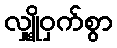
လျှို့ဝှက်စွာ